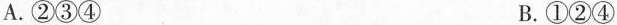
A.②③④ B.①②④